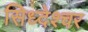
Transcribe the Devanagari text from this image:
सिध्देश्चर